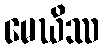
မေဃိဿ